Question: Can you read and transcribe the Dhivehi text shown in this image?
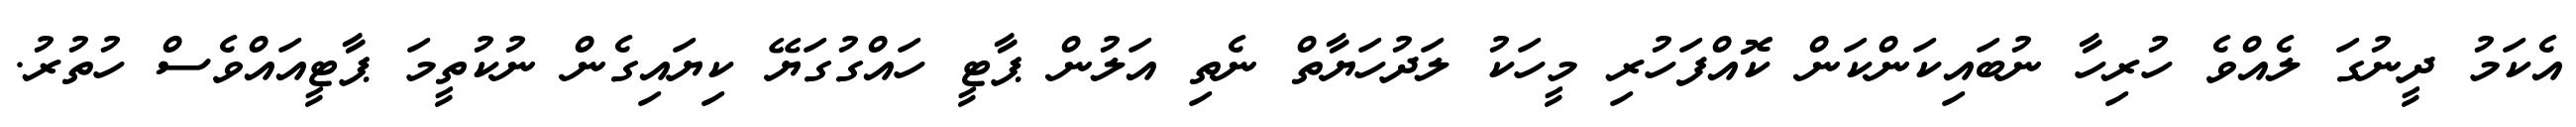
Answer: އެކަމު ދީނުގަ ލެއްވެ ހުރިހާ ނުބައިކަންކަން ކޮއްފަހުރި މީހަކު ލަދުހަޔާތް ނެތި އަލުން ޕާޓީ ހައްގުގަޔޭ ކިޔައިގެން ނުކުތީމަ ޕާޓީއައްވެސް ހުތުރު.